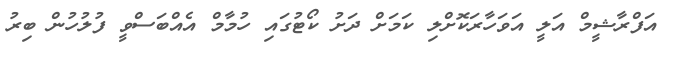
އަފްރާޝީމް އަލީ އަވަހާރަކޮށްލި ކަމަށް ދަށު ކޯޓުގައި ހުމާމް އެއްބަސްވީ ފުލުހުން ބިރު